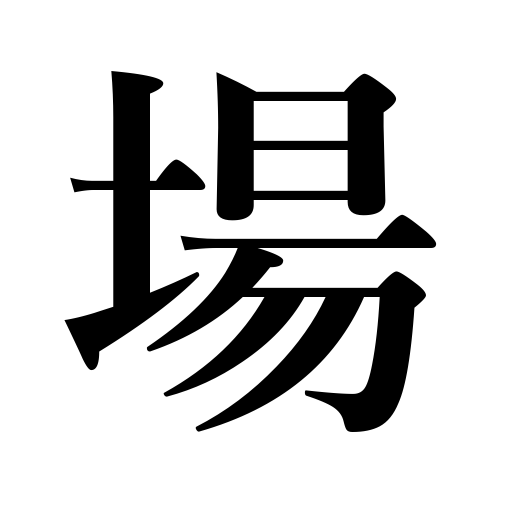
Meanings: links,grounds,ring,place,range,site,seat,situation,occasion,space,scene,track,course